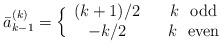
\begin{align*}\bar a_{k-1}^{(k)} = \Big\{ \begin{array}{ccc} (k+1)/2 && k {\rm ~~odd} \\- k/2 && k {\rm ~~even} \end{array}\end{align*}